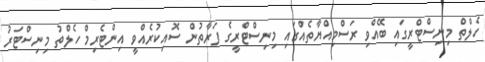
ހެލްތް މިނިސްޓްރީގައި ބޭއްވި ރަސްމިއްޔާތެއްގައި މިނިސްޓްރީގެ ފަރާތުން ސޮއިކުރެއްވީ އިންޓެރިމް ހެލްތު މިނިސްޓަރު